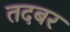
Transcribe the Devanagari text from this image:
तदबर